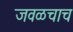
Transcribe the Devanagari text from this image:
जवळचाच